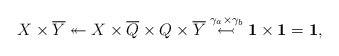
\begin{gather*}X\times {\overline{Y}} \twoheadleftarrow X \times {\overline{Q}} \times Q \times {\overline{Y}} \stackrel{\gamma_a\times \gamma_b}{\leftarrowtail} \mathbf{1}\times\mathbf{1}=\mathbf{1},\end{gather*}